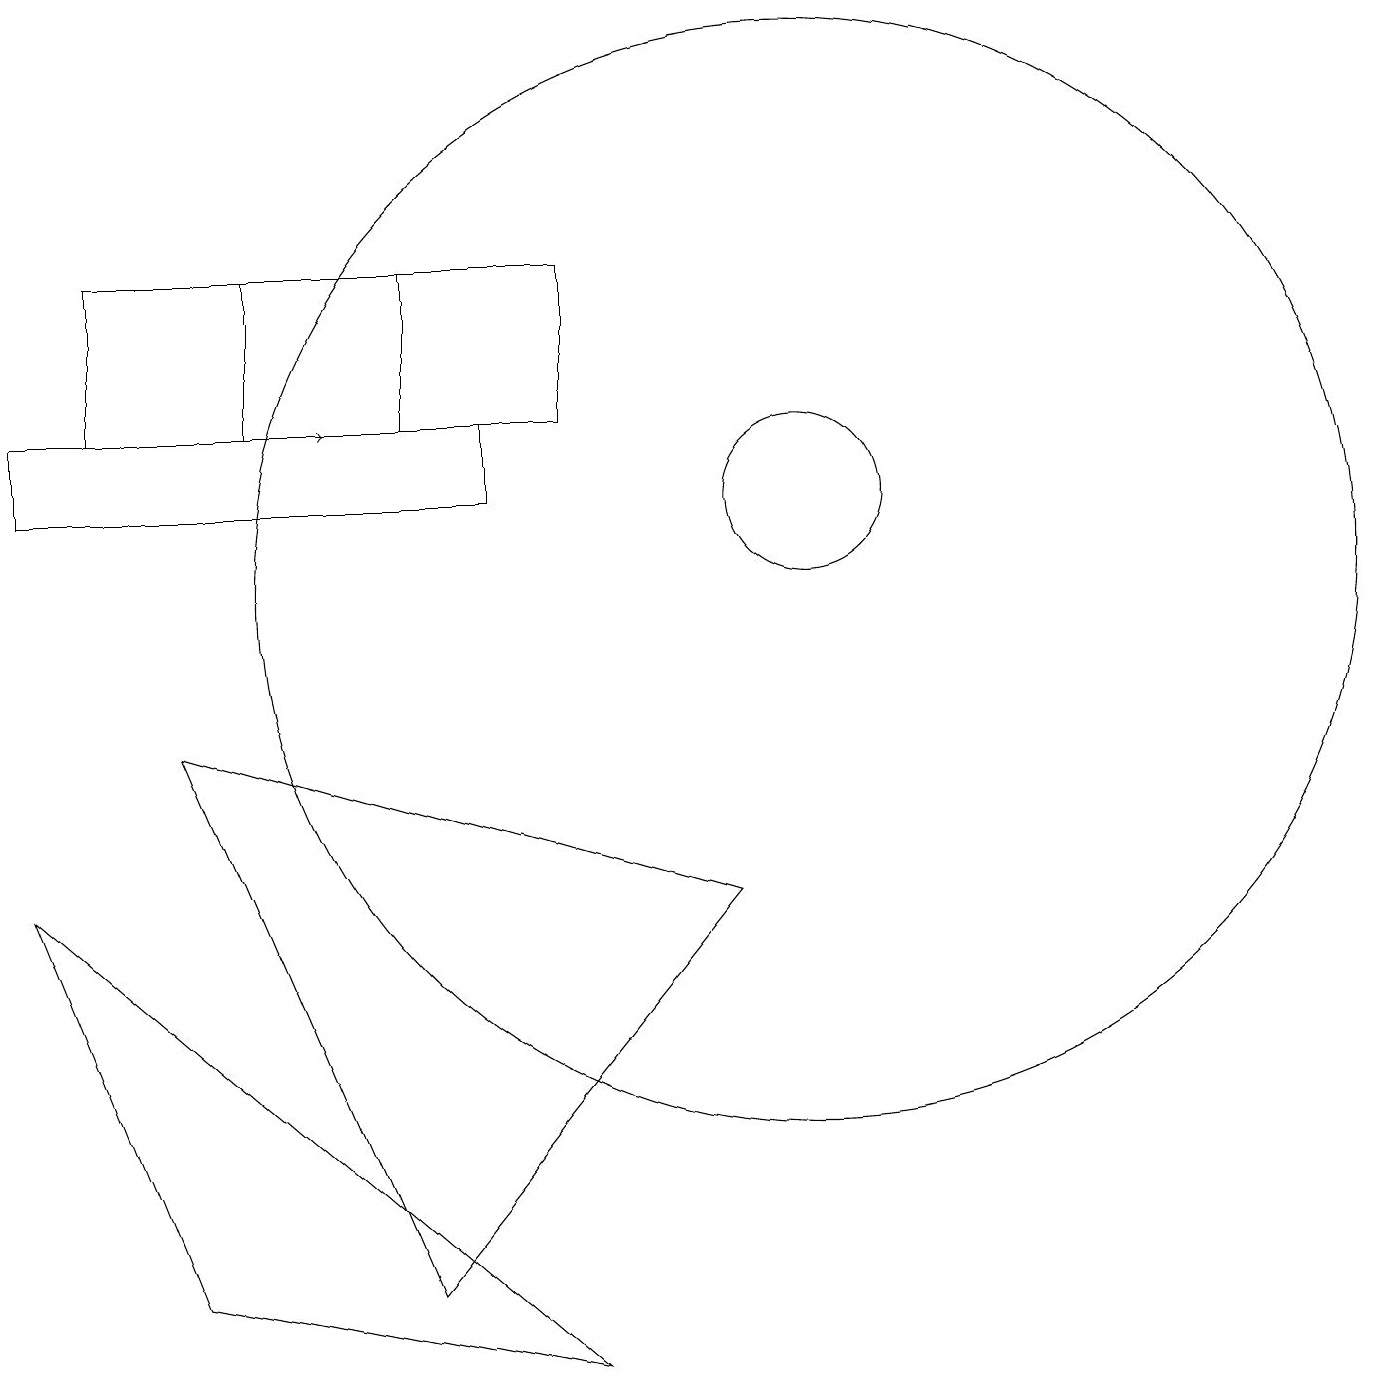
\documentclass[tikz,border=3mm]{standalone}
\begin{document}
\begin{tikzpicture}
\draw (10,10) circle (7);
\draw (5,12) rectangle (1,14);
\draw (6,12) rectangle (0,11);
\draw (5,1) -- (2,8) -- (9,6) -- cycle;
\draw (7,14) rectangle (3,12);
\draw[->] (1,12) -- (4,12);
\draw (0,6) -- (2,1) -- (7,0) -- cycle;
\draw (10,11) circle (1);
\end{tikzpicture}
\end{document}